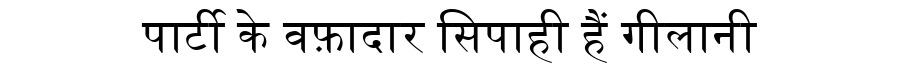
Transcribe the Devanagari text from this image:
पार्टी के वफ़ादार सिपाही हैं गीलानी